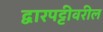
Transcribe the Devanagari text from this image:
द्वारपट्टीवरील